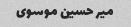
میر حسین موسوی